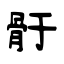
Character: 骬